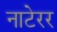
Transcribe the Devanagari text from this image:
नाटेरर